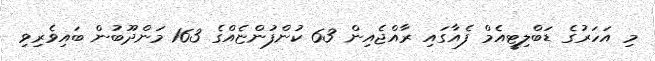
މި އަހަރުގެ ޑަބްލިޓީއެމް ފެއާގައި ރާއްޖެއިން 63 ކުންފުންޏެއްގެ 163 މަންދޫބުން ބައިވެރިވި